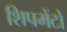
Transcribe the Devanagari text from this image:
शिपमेंटों